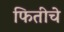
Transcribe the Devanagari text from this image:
फितीचे